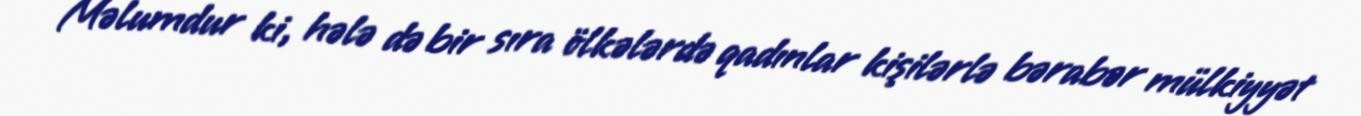
Məlumdur ki, hələ də bir sıra ölkələrdə qadınlar kişilərlə bərabər mülkiyyət